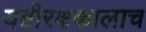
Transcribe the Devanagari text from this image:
यष्टीरक्षकालाच